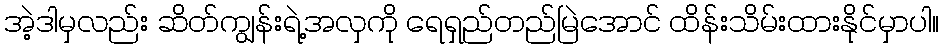
အဲ့ဒါမှလည်း ဆိတ်ကျွန်းရဲ့အလှကို ရေရှည်တည်မြဲအောင် ထိန်းသိမ်းထားနိုင်မှာပါ။